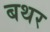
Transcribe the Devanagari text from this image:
बथर